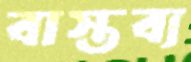
বাস্তব্য